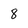
Character: 8